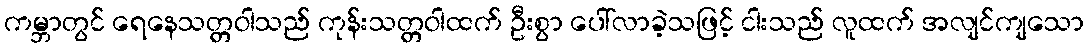
ကမ္ဘာတွင် ရေနေသတ္တဝါသည် ကုန်းသတ္တဝါထက် ဦးစွာ ပေါ်လာခဲ့သဖြင့် ငါးသည် လူထက် အလျင်ကျသော